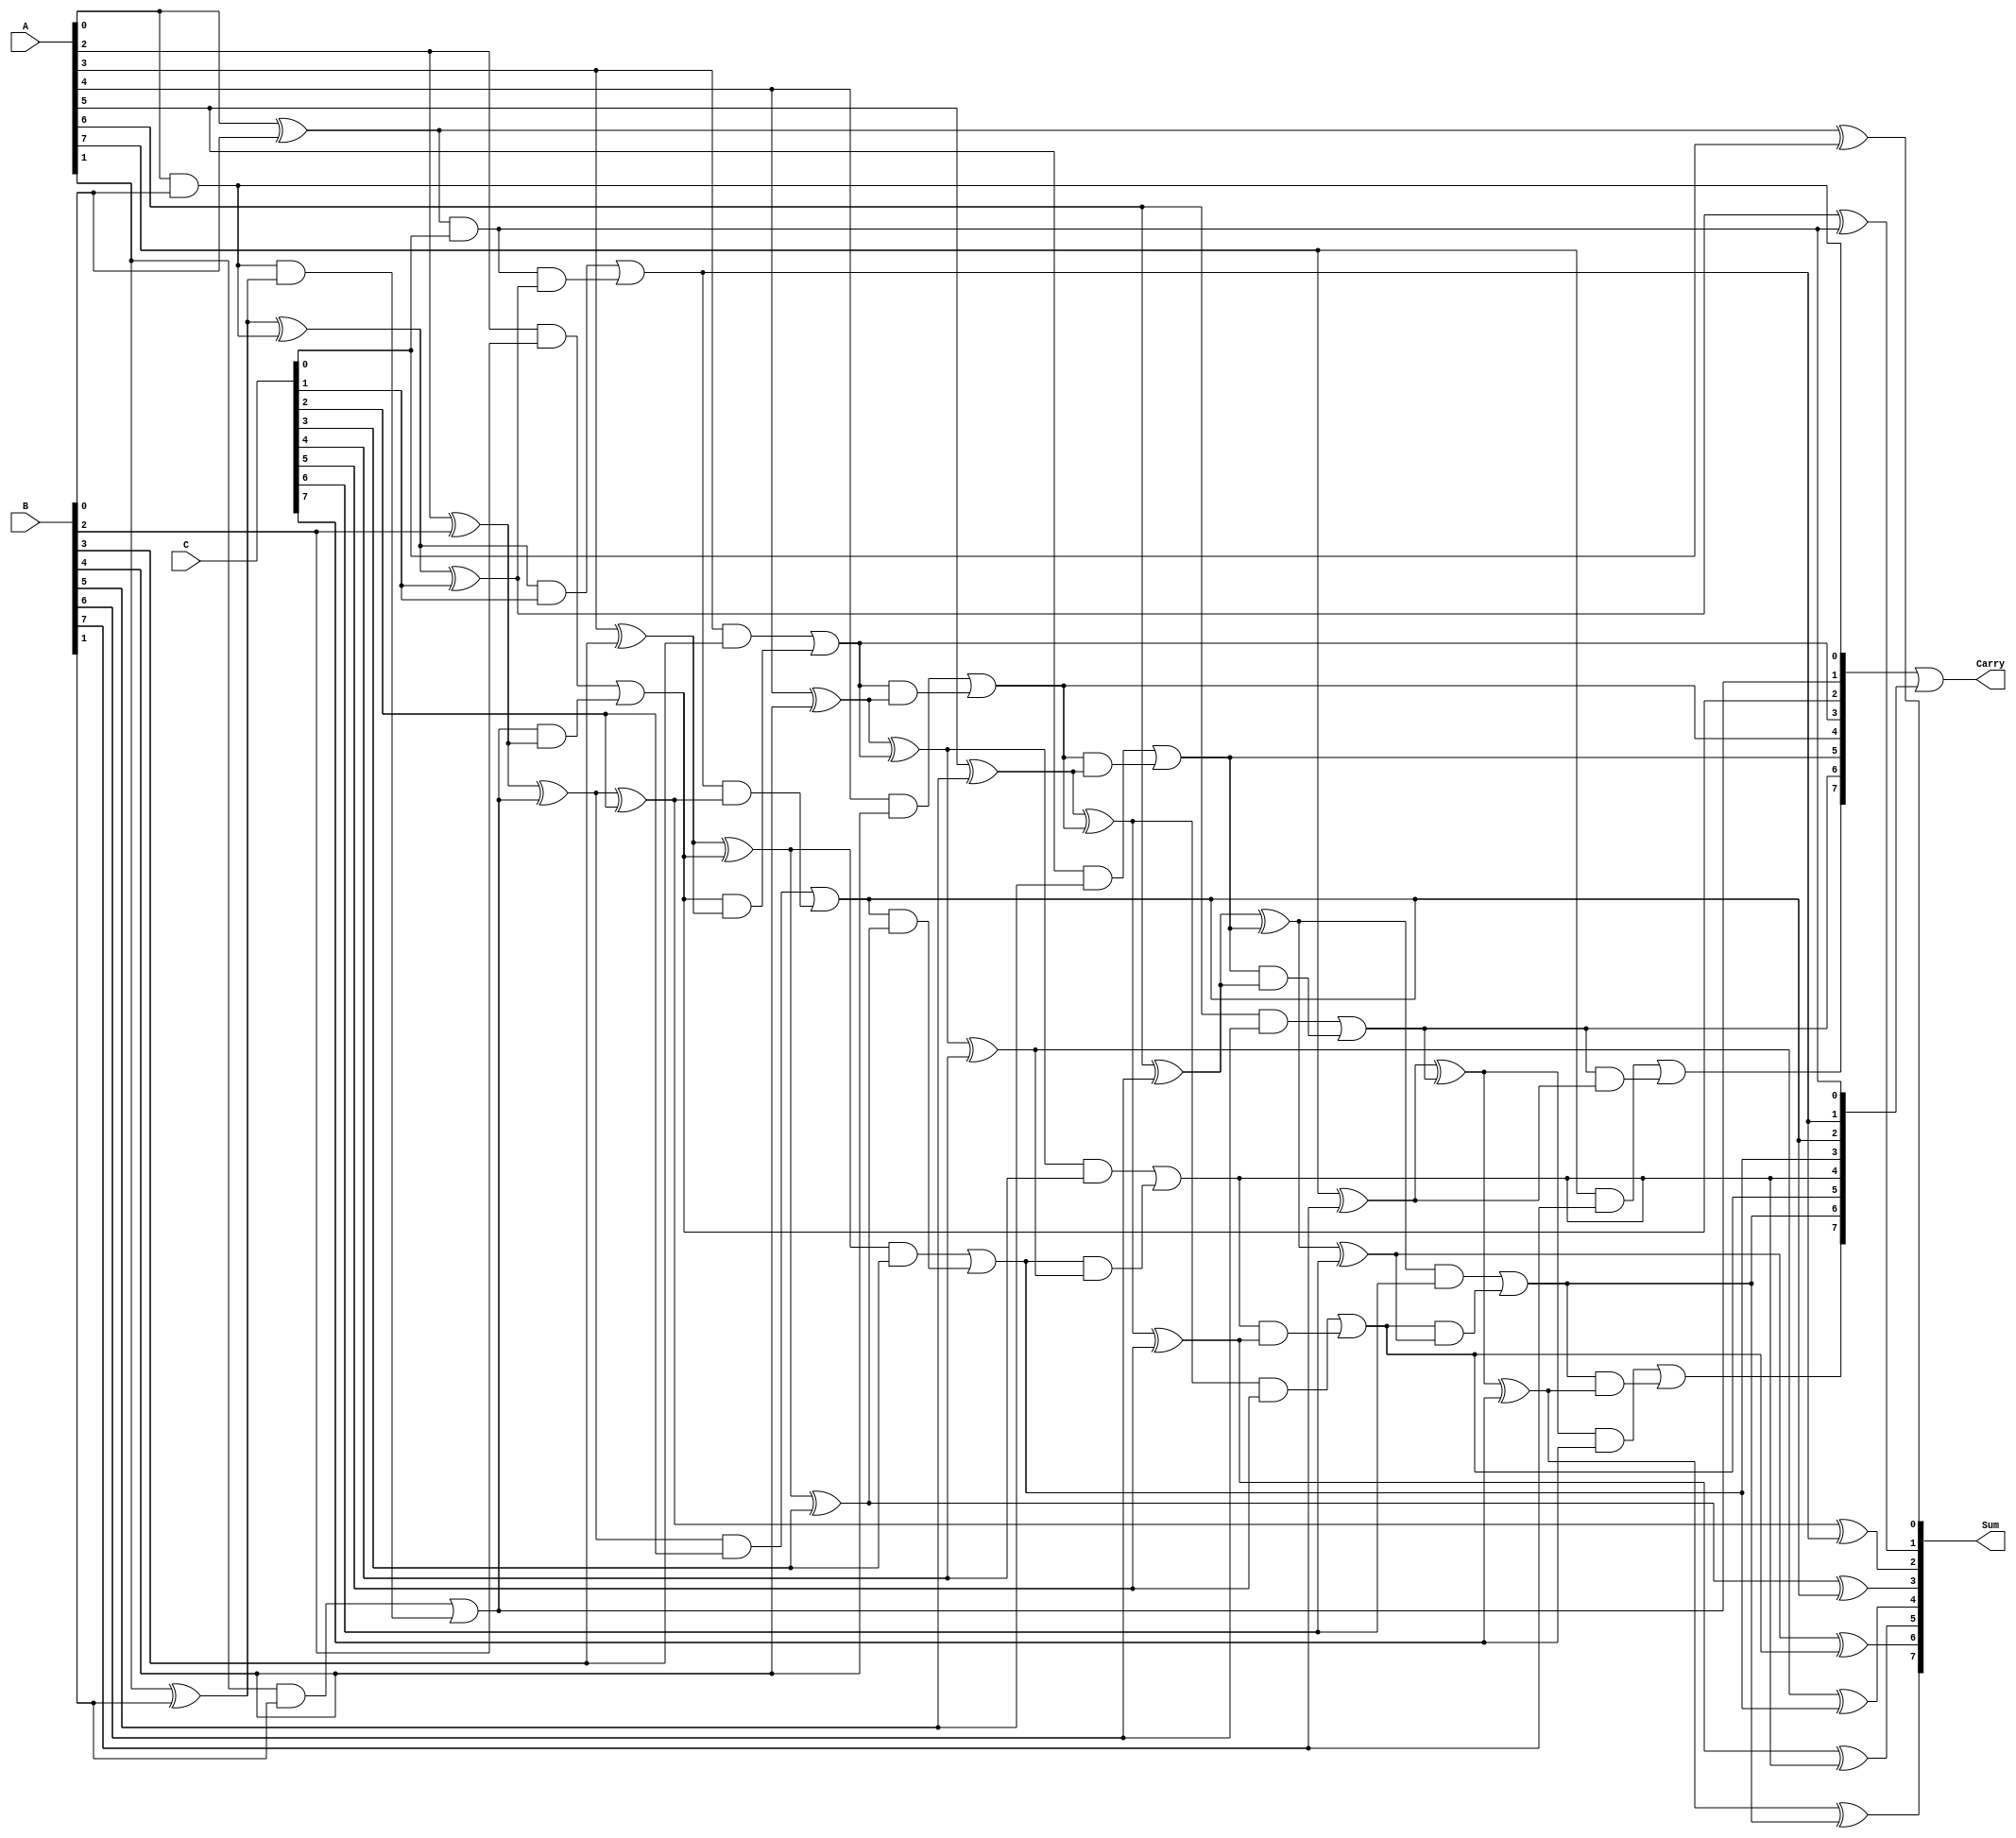
module ModifiedCarrySaveAdder #(parameter n = 8) (
    input [n-1:0] A,
    input [n-1:0] B,
    input [n-1:0] C,
    output [n-1:0] Sum,
    output [n-1:0] Carry
);
    wire [n-1:0] S1, C1, S2, C2;
    wire [n-1:0] temp_sum, temp_carry;

    // Stage 1: Generate partial sums and carries
    genvar i;
    generate
        for (i = 0; i < n; i = i + 1) begin : stage1
            // Half adder for A and B
            if (i == 0) begin
                assign S1[i] = A[i] ^ B[i];
                assign C1[i] = A[i] & B[i];
            end else begin
                // Full adder for A and B
                assign S1[i] = A[i] ^ B[i] ^ C1[i-1];
                assign C1[i] = (A[i] & B[i]) | (C1[i-1] & (A[i] ^ B[i]));
            end
        end
    endgenerate

    // Stage 2: Combine partial results with C
    generate
        for (i = 0; i < n; i = i + 1) begin : stage2
            if (i == 0) begin
                assign S2[i] = S1[i] ^ C[i];
                assign C2[i] = S1[i] & C[i];
            end else begin
                assign S2[i] = S1[i] ^ C[i] ^ C2[i-1];
                assign C2[i] = (S1[i] & C[i]) | (C2[i-1] & (S1[i] ^ C[i]));
            end
        end
    endgenerate

    // Final carry-out and sum
    assign Sum = S2;
    assign Carry = C1 | C2; // Combine carries from both stages

endmodule